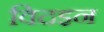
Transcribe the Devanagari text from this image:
विदइन